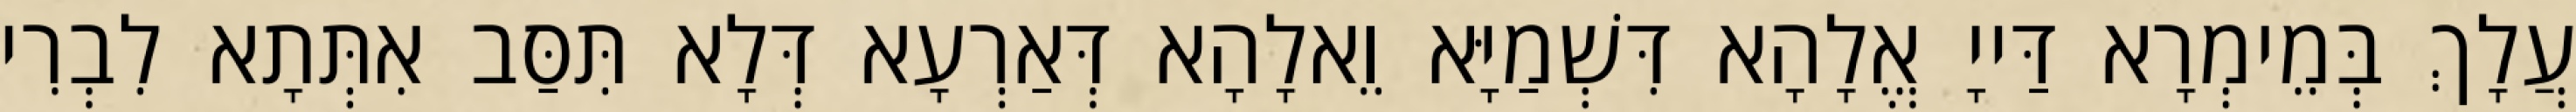
עֲלָךְ בְּמֵימְרָא דַּייָ אֱלָהָא דִּשְׁמַיָּא וֵאלָהָא דְּאַרְעָא דְּלָא תִּסַּב אִתְּתָא לִבְרִי